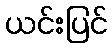
ယင်းပြင်